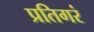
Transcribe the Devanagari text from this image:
प्रतिगरं